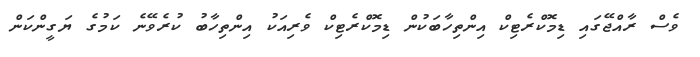
ވެސް ރާއްޖޭގައި ޑިމޮކްރެޓިކް އިންތިހާބަކުން ޑިމޮކްރެޓިކް ވެރިއަކު އިންތިހާބު ކުރެވޭނެ ކަމުގެ ޔަގީންކަން